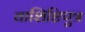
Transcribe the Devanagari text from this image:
वाशिष्टिपुत्र